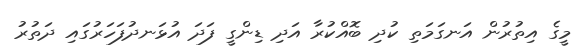
މީގެ އިތުރުން އަނގަމަތި ކުދި ބޮއްކުރާ އަދި ޑިންގީ ފަދަ އުޅަނދުފަހަރުގައި ދަތުރު